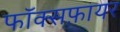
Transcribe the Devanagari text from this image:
फॉक्सफ़ायर